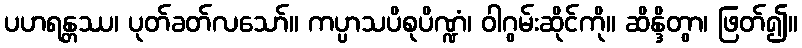
ပဟရန္တဿ၊ ပုတ်ခတ်လသော်။ ကပ္ပာသပိစုပိဏ္ဍံ၊ ဝါဂွမ်းဆိုင်ကို။ ဆိန္ဒိတွာ၊ ဖြတ်၍။